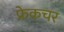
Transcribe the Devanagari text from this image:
फ्रेकचर